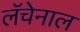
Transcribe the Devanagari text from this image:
लॅचेनाल